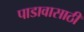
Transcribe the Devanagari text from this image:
पाडावासाठी